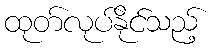
ထုတ်လုပ်နိုင်သည့်